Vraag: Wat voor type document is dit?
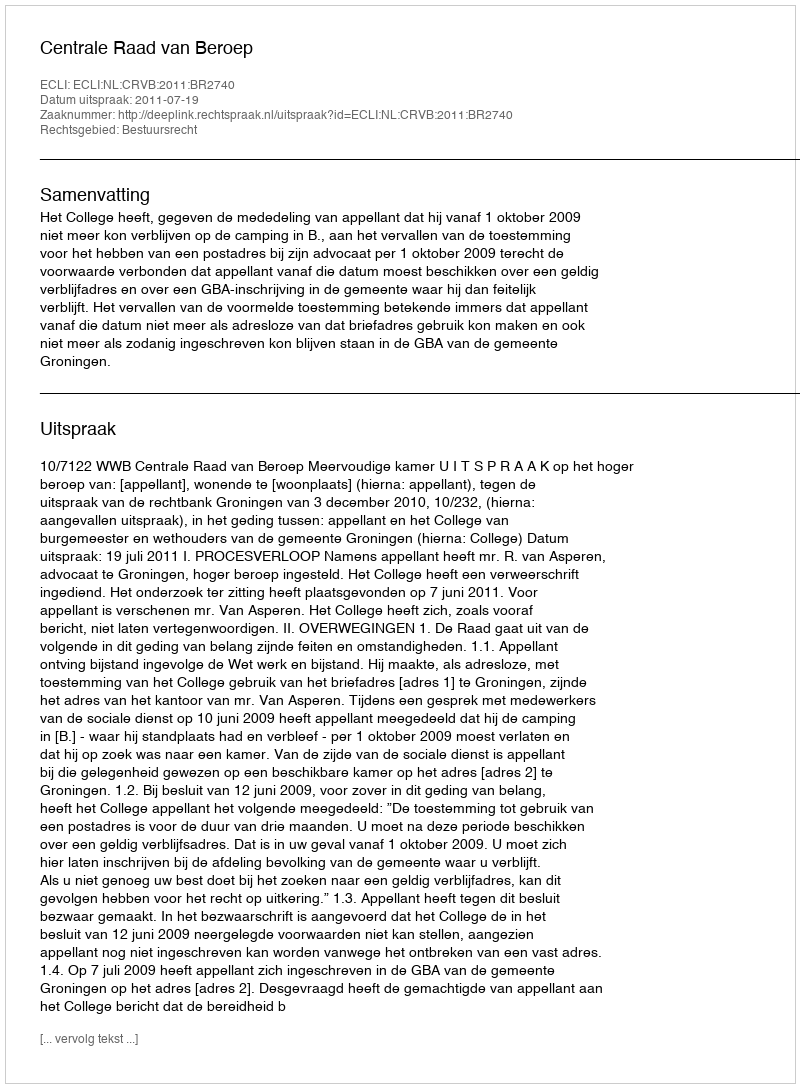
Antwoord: Uitspraak